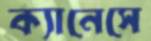
ক্যানেসে